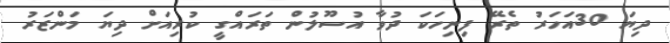
ދިޔަ 30އަހަރު ތެރޭ ފިނިހަކަ ދުވާ އުސޫލުން ތަރައްގީ ކުރިއަށް ދިޔަ މަންޒަރު